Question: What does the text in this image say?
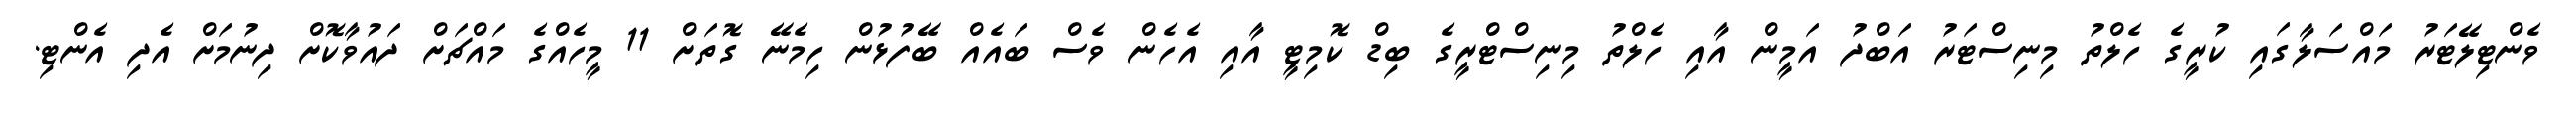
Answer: ވެންޓިލޭޓަރު މައްސަލާގައި ކުރީގެ ހެލްތު މިނިސްޓަރު އަބްދު އަމީން އާއި ހެލްތު މިނިސްޓްރީގެ ބިޑް ކޮމިޓީ އާއި އެހެން ވެސް ބައެއް ބޭފުޅުން ހިމެނޭ ގޮތަށް 11 މީހެއްގެ މައްޗަށް ދައުވާކޮށް ދިނުމަށް އެދި އެންޓި.